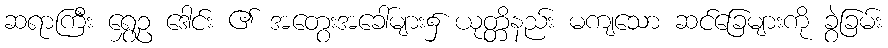
ဆရာကြီး ရွှေဥ ဒေါင်း ၏ အတွေးအခေါ်များ၌ ယုတ္တိနည်း မကျသော ဆင်ခြေများကို ခွဲခြမ်း